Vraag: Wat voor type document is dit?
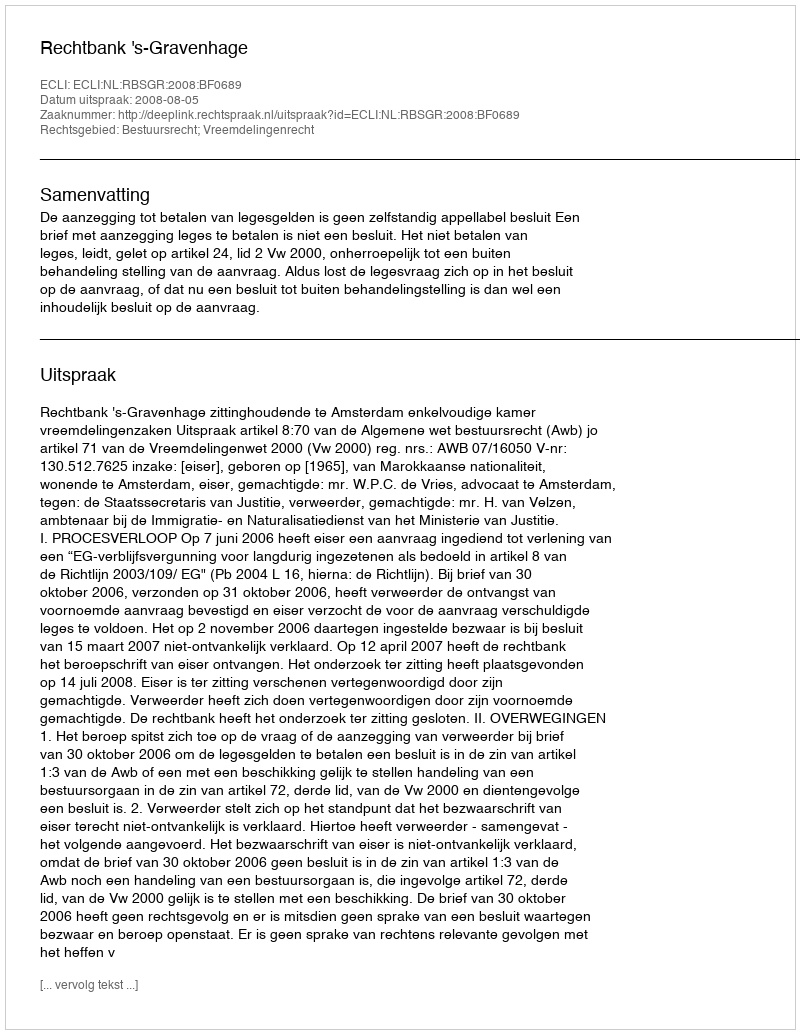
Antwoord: Uitspraak